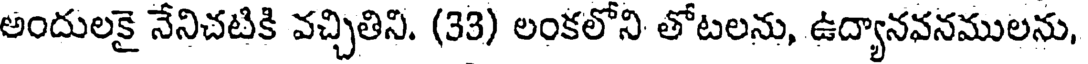
అందులకై నేనిచటికి వచ్చితిని. (33) లంకలోని తోటలను, ఉద్యానవనములను,